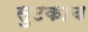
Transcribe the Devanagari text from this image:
सुटकाच